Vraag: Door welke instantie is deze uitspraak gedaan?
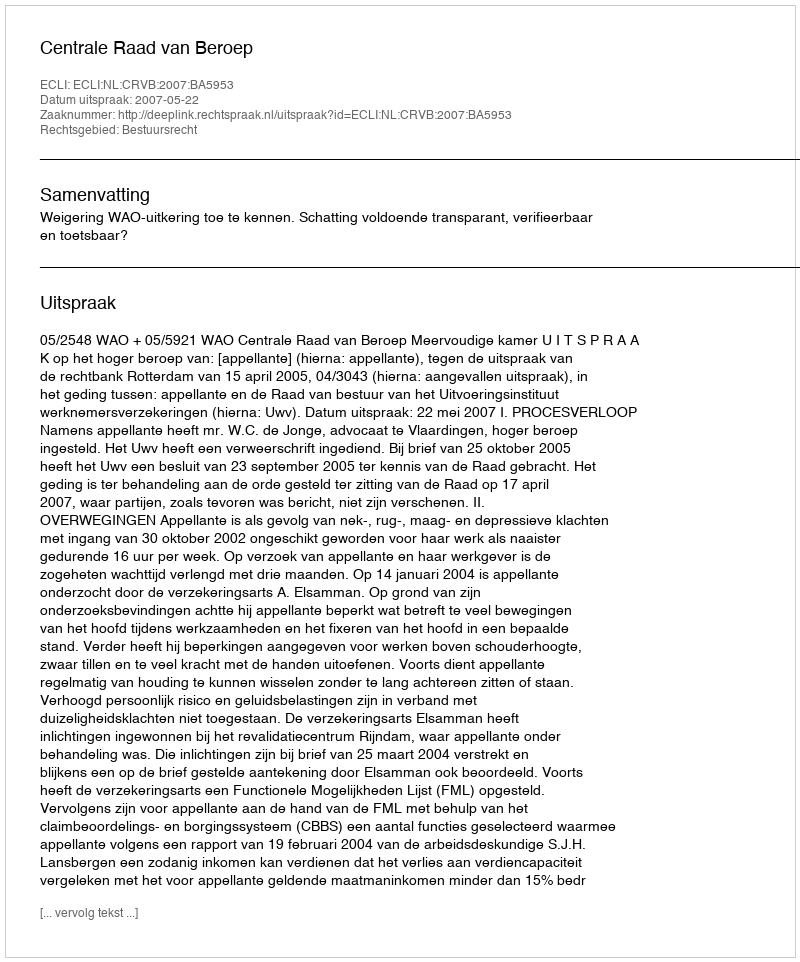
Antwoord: Centrale Raad van Beroep